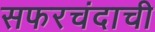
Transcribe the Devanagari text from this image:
सफरचंदाची